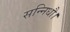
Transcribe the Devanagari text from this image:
सन्निधौ।